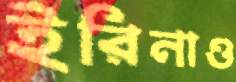
ইরিনাও